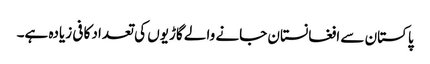
پاکستان سے افغانستان جانے والے گاڑیوں کی تعداد کافی زیادہ ہے۔